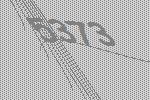
5373